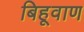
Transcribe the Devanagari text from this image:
बिहूवाण